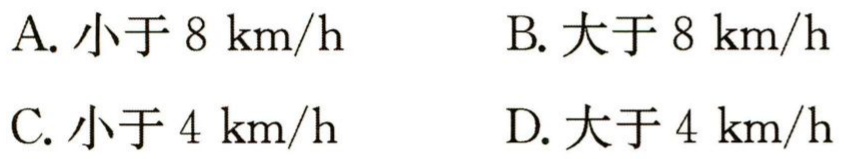
A. 小于 \(8\ \text{km/h}\)  B. 大于 \(8\ \text{km/h}\)

C. 小于 \(4\ \text{km/h}\)  D. 大于 \(4\ \text{km/h}\)